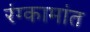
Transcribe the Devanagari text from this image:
रंग्कामांत